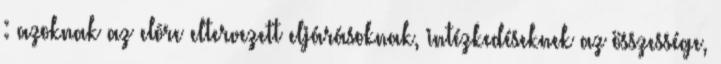
: azoknak az elõre eltervezett eljárásoknak, intézkedéseknek az összessége,